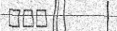
١٢٩